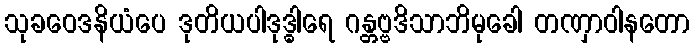
သုခဝေဒနိယံပေ ဒုတိယပါဒုဒ္ဓါရေ ဂန္တဗ္ဗဒိသာဘိမုခေါ တဏှာဝါနတော